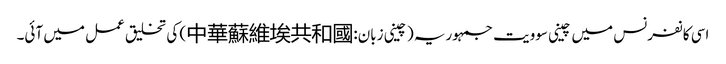
اسی کانفرنس میں چینی سوویت جمہوریہ (چینی زبان:中華蘇維埃共和國) کی تخلیق عمل میں آئی۔